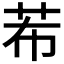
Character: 𮶠